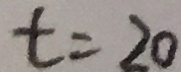
t = 2 0